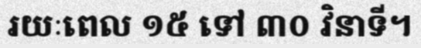
រយៈពេល ១៥ ទៅ ៣០ វិនាទី។